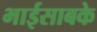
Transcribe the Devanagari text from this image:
भाईसाबके